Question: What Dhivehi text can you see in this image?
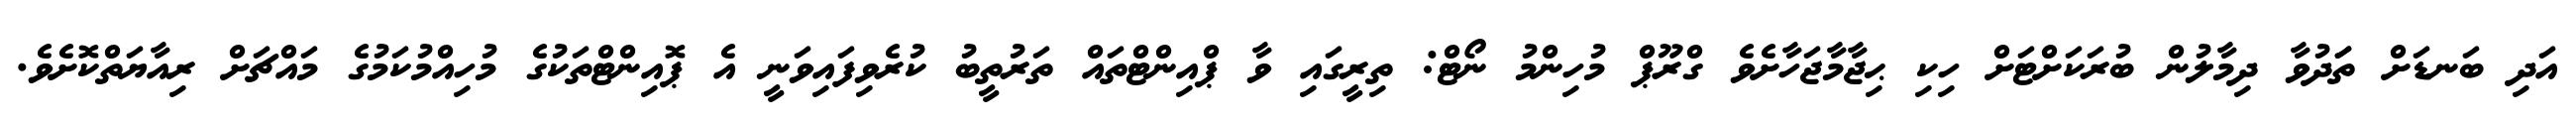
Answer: އަދި ބަނޑަށް ތަަދުވާ ދިމާލުން ބުރަކަށްޓަށް ހިކި ޙިޖާމާޖަހާށެވެ ގްރޫޕް މުހިންމު ނޯޓް: ތިރީގައި ވާ ޕްއިންޓްތައް ތަރުތީބު ކުރެވިފައިވަނީ އެ ޕޮއިންޓްތަކުގެ މުހިއްމުކަމުގެ މައްޗަށް ރިއާޔަތްކޮށެވެ.